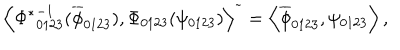
{ \left< { \Phi ^ { \ast } } _ { 0 1 2 3 } ^ { - 1 } ( \overline { { { \phi } } } _ { 0 1 2 3 } ) , \Phi _ { 0 1 2 3 } ( \psi _ { 0 1 2 3 } ) \right> } ^ { \tilde { } } = \left< \overline { { { \phi } } } _ { 0 1 2 3 } , \psi _ { 0 1 2 3 } \right> ,